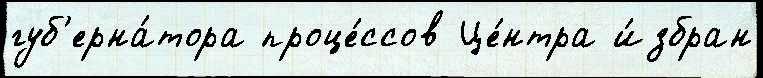
губ'ерна́тора проце́ссов Це́нтра и́збран